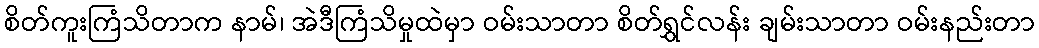
စိတ်ကူးကြံသိတာက နာမ်၊ အဲဒီကြံသိမှုထဲမှာ ဝမ်းသာတာ စိတ်ရွှင်လန်း ချမ်းသာတာ ဝမ်းနည်းတာ